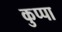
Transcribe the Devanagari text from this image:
कुप्‍पा